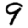
Digit: 9